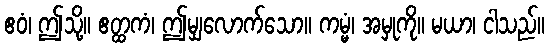
ဧဝံ၊ ဤသို့။ ဧတ္ထကံ၊ ဤမျှလောက်သော။ ကမ္မံ၊ အမှုကို။ မယာ၊ ငါသည်။